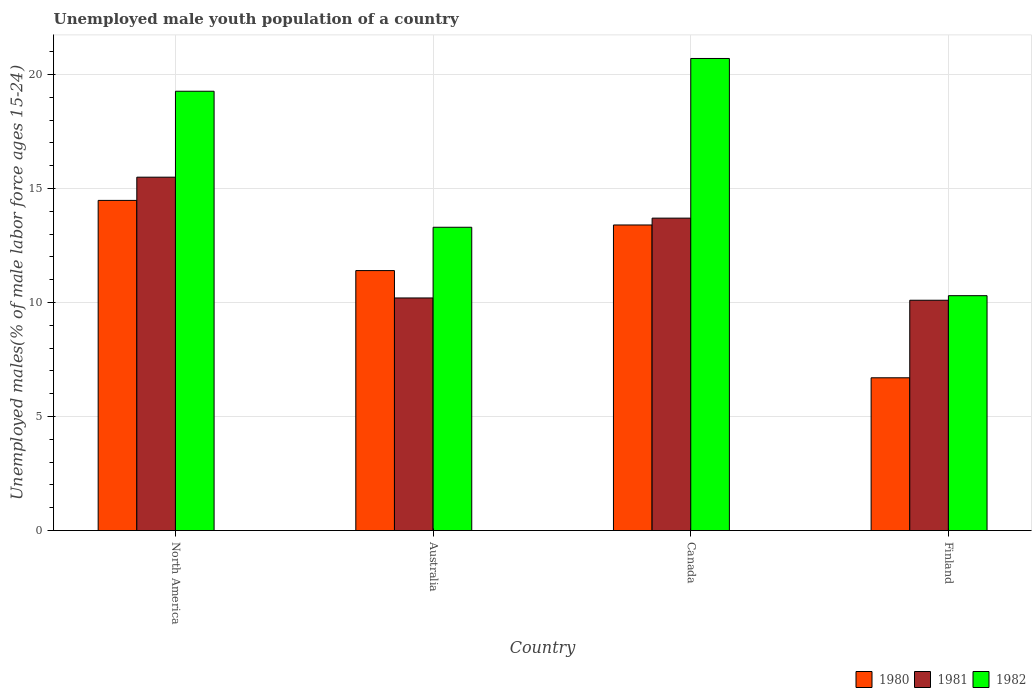
| Country | 1980 | 1981 | 1982 |
 | --- | --- | --- | --- |
 | North America | 14.5 | 15.5 | 19.3 |
 | Australia | 11.4 | 10.2 | 13.3 |
 | Canada | 13.4 | 13.7 | 20.7 |
 | Finland | 6.7 | 10.1 | 10.3 |